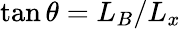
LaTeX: \tan\theta=L_{B}/L_{x}